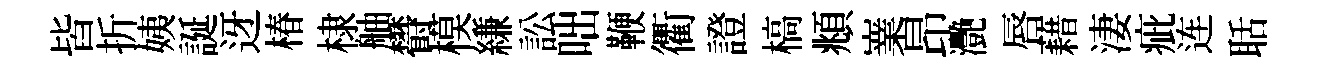
皆折姨誕迓椿棣舳欎模縑訟咄鞭衢證槁頫嶪昂灧唇藉淒疵连聒